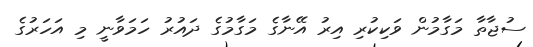
ސުޖާތާ މަގާމުން ވަކިކުރި އިރު އޭނާގެ މަގާމުގެ ދައުރު ހަމަވާނީ މި އަހަރުގެ